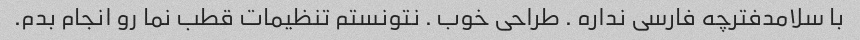
با سلامدفترچه فارسی نداره . طراحی خوب . نتونستم تنظیمات قطب نما رو انجام بدم.